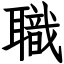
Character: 職